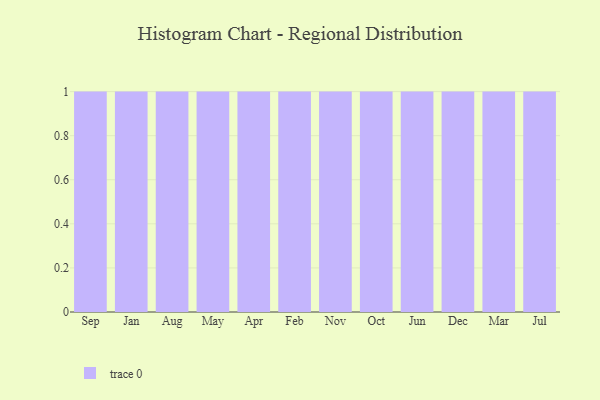
{"axis": {"x": "Month", "y": "Revenue (USD Million)"}, "legend": [""], "data": [{"x": "Sep", "y": 93, "type": ""}, {"x": "Jan", "y": 100, "type": ""}, {"x": "Aug", "y": 14, "type": ""}, {"x": "May", "y": 70, "type": ""}, {"x": "Apr", "y": 76, "type": ""}, {"x": "Feb", "y": 63, "type": ""}, {"x": "Nov", "y": 68, "type": ""}, {"x": "Oct", "y": 54, "type": ""}, {"x": "Jun", "y": 39, "type": ""}, {"x": "Dec", "y": 20, "type": ""}, {"x": "Mar", "y": 84, "type": ""}, {"x": "Jul", "y": 59, "type": ""}]}